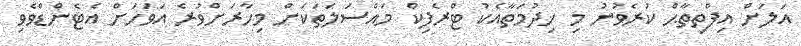
އަލަށް އިފްތިތާޙް ކުރެވުނު މި ޚިދުމަތާއެކު ޓްރެފިކް މައްސަލަތަކަށް މިހާރަށްވުރެ އަވަހަށް އެޓެންޑްވެވި